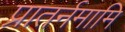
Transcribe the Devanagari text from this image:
प्रातर्नमामि